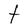
Character: t